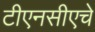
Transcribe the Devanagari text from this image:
टीएनसीएचे